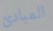
المبادئ